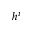
h ^ { i }